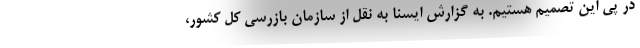
در پی این تصمیم هستیم. به گزارش ایسنا به نقل از سازمان بازرسی کل کشور،